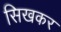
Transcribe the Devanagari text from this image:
सिखकर